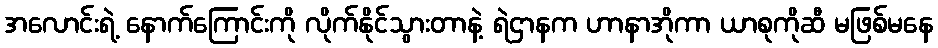
အလောင်းရဲ့ နောက်ကြောင်းကို လိုက်နိုင်သွားတာနဲ့ ရဲဌာနက ဟာနာအိုကာ ယာစုကိုဆီ မဖြစ်မနေ